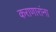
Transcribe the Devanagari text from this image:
कराणारांना